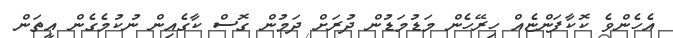
އެހެންވެ ކޮކާފަންޏެއް ހިރޭހެން މަޑުމަޑުން ދުރަށް ދަމުން ގޮސް ކާގެއިން ނުކުމެގެން އީތަން